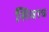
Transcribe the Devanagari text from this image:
सिवाच